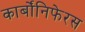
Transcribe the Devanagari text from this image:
कार्बोंनिफेरस